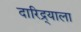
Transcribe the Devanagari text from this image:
दारिद्र्याला